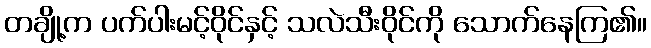
တချို့က ပက်ပါးမင့်ဝိုင်နှင့် သလဲသီးဝိုင်ကို သောက်နေကြ၏။